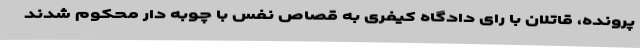
پرونده، قاتلان با رای دادگاه کیفری به قصاص نفس با چوبه دار محکوم شدند